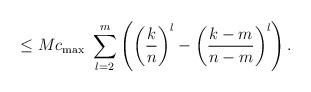
LaTeX: \begin{align*} \le M c_{\operatorname{max}} \ \sum_{l=2}^{m } \left( \left( \frac{k}{n}\right) ^{l}-\left( \frac{k - m}{n - m}\right) ^{l}\right).\end{align*}